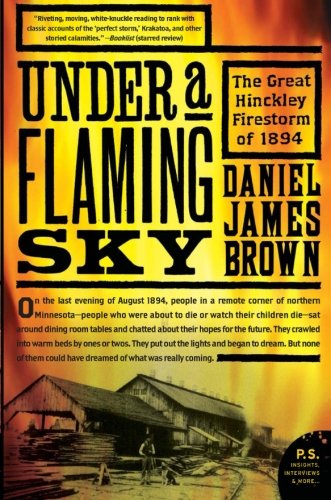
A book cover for Under a Flaming Sky: The Great Hinckley Firestorm of 1894 (P.S.); Daniel James Brown; Science & Math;